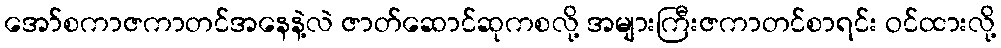
အော်စကာဇကာတင်အနေနဲ့လဲ ဇာတ်ဆောင်ဆုကစလို့ အများကြီးဇကာတင်စာရင်း ဝင်ထားလို့